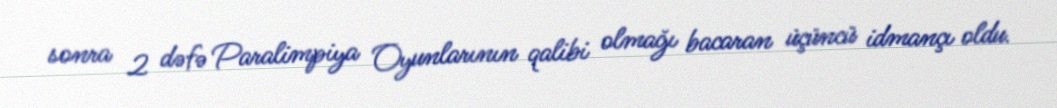
sonra 2 dəfə Paralimpiya Oyunlarının qalibi olmağı bacaran üçüncü idmançı oldu.